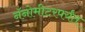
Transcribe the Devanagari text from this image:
नॅनोमीटरपर्यंत